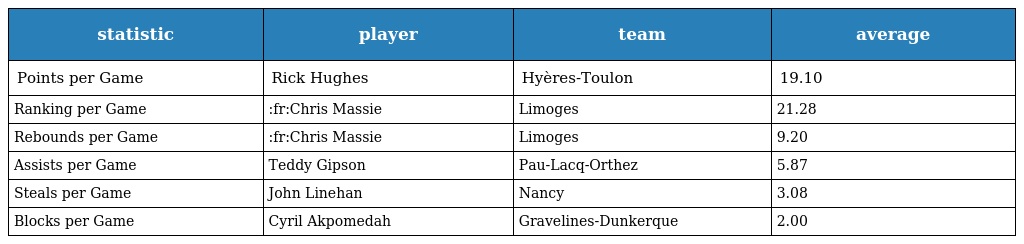
| statistic | player | team | average |
 | --- | --- | --- | --- |
 | Points per Game | Rick Hughes | Hyères-Toulon | 19.10 |
 | Ranking per Game | :fr:Chris Massie | Limoges | 21.28 |
 | Rebounds per Game | :fr:Chris Massie | Limoges | 9.20 |
 | Assists per Game | Teddy Gipson | Pau-Lacq-Orthez | 5.87 |
 | Steals per Game | John Linehan | Nancy | 3.08 |
 | Blocks per Game | Cyril Akpomedah | Gravelines-Dunkerque | 2.00 |